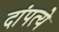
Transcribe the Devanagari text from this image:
दांपत्ये